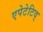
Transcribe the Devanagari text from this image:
एपेटेटिव्